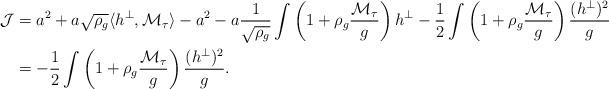
LaTeX: \begin{align*}\mathcal{J} &= a^2 + a \sqrt{\rho_g} \langle h^\perp, \mathcal{M}_\tau \rangle - a^2 - a \frac{1}{\sqrt{\rho_g}} \int \left(1+ \rho_g \frac{\mathcal{M}_\tau}{g} \right) h^\perp - \frac{1}{2} \int \left(1+ \rho_g \frac{\mathcal{M}_\tau}{g} \right) \frac{(h^\perp)^2}{g}\\&= - \frac{1}{2} \int \left( 1+ \rho_g \frac{\mathcal{M}_\tau}{g} \right) \frac{(h^\perp)^2}{g}.\end{align*}